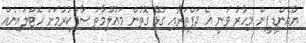
ޔޫއެންޑީޕީން މިހާރު ވަނީ އެ ދަފްތަރާއި ގުޅޭ ގޮތުން މައުލޫމާތު ސާފުކުރުމަށް ހޮޓްލައިނެއް